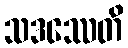
သဒဿေတိ